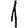
Digit: 1